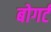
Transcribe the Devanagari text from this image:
बोगर्ट